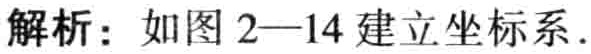
解析：如图2—14建立坐标系.